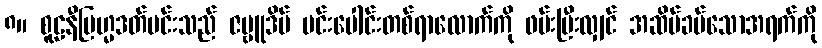
၈။ စူဠနီဗြဟ္မဒတ်မင်းသည် ဇမ္ဗူဒိပ် မင်းပေါင်းတစ်ရာလောက်ကို ဖမ်းပြီးလျှင် အဆိပ်ခပ်သောအရက်ကို